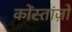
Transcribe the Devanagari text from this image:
कोंस्तांज़ो